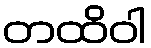
တထိဝါ